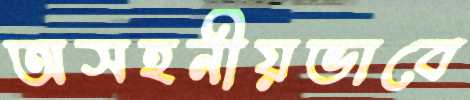
অসহনীয়ভাবে